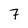
Character: 7